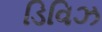
ડિવિઝ